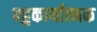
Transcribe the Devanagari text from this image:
बहुकार्यात्‍मक